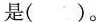
是( )。